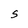
Character: S